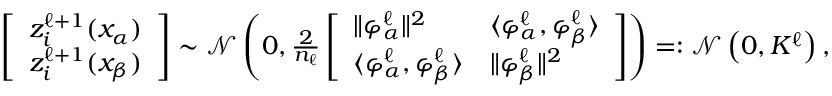
\begin{array} { r } { \left[ \begin{array} { l } { z _ { i } ^ { \ell + 1 } ( x _ { \alpha } ) } \\ { z _ { i } ^ { \ell + 1 } ( x _ { \beta } ) } \end{array} \right] \sim \mathcal { N } \left( 0 , \frac { 2 } { n _ { \ell } } \left[ \begin{array} { l l } { \| { { \varphi } _ { \alpha } ^ { \ell } } \| ^ { 2 } } & { \langle { { \varphi } _ { \alpha } ^ { \ell } } , { { \varphi } _ { \beta } ^ { \ell } } \rangle } \\ { \langle { { \varphi } _ { \alpha } ^ { \ell } } , { { \varphi } _ { \beta } ^ { \ell } } \rangle } & { \| { { \varphi } _ { \beta } ^ { \ell } } \| ^ { 2 } } \end{array} \right] \right) = : \mathcal { N } \left( 0 , K ^ { \ell } \right) , } \end{array}